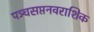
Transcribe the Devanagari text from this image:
पञ्चसप्तनवराशिक